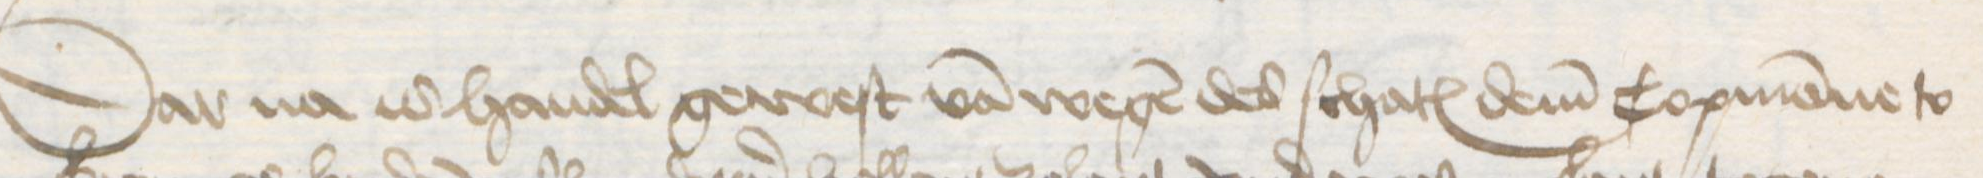
Transcription: Dar na is handel gewest van wegen des schates dem Copmanne to